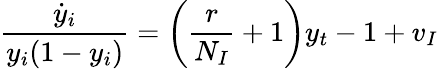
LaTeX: \frac{\dot{y}_{i}}{y_{i}(1-y_{i})}=\left(\frac{r}{N_{I}}+1\right)y_{t}-1+v_{I}